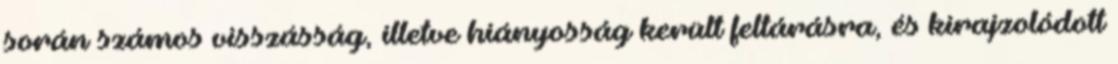
során számos visszásság, illetve hiányosság került feltárásra, és kirajzolódott